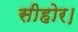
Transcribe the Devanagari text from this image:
सीहोर।